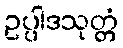
ဥပ္ပါဒသုတ္တံ